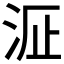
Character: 𱦉